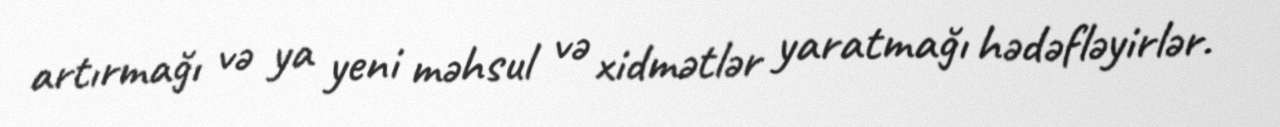
artırmağı və ya yeni məhsul və xidmətlər yaratmağı hədəfləyirlər.